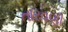
તારવણી